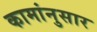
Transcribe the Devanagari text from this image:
कामांनुसार